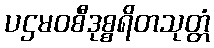
ပဌမဝစီဒုစ္စရိတသုတ္တံ